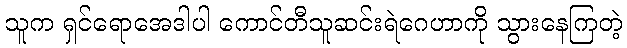
သူက ရှင်ရောအေဒါပါ ကောင်တီသူဆင်းရဲဂေဟာကို သွားနေကြတဲ့